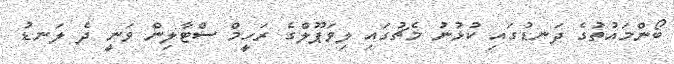
ބޯންމައުތުގެ ދަނޑުގައި ކުޅުނު މެޗުގައި ލިވަޕޫލްގެ ރަހީމް ސްޓާލިން ވަނީ ދެ ލަނޑު